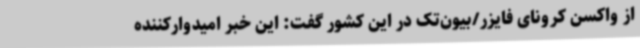
از واکسن کرونای فایزر/بیون‌تک در این کشور گفت: این خبر امیدوارکننده